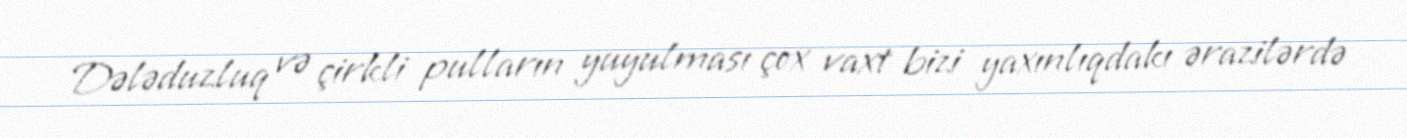
Dələduzluq və çirkli pulların yuyulması çox vaxt bizi yaxınlıqdakı ərazilərdə